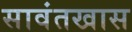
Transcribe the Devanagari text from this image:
सावंतखास